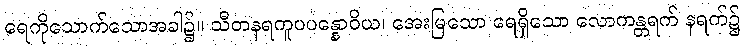
ရေကိုသောက်သောအခါ၌။ သီတနရကူပပန္နောဝိယ၊ အေးမြသော ရေရှိသော လောကန္တရက် နရက်၌